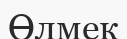
Өлмек